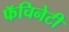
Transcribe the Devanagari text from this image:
फॅचिनेटी